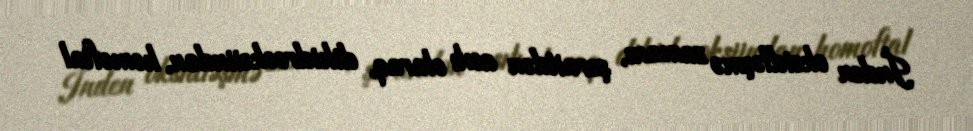
İnden oksidləşmə zamanı, şəraitdən asılı olaraq, dihidrooksiindan, homoftal